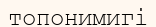
топонимигі